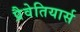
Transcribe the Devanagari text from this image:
प्रैवेतियार्स